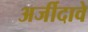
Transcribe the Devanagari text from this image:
अर्जीदावे